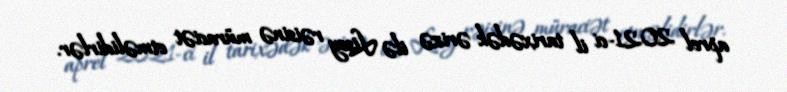
aprel 2021-ci il tarixədək ərizə ilə Lisey rəisinə müraciət etməlidirlər.